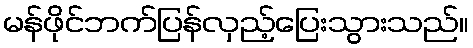
မန်ဖိုင်ဘက်ပြန်လှည့်ပြေးသွားသည်။